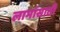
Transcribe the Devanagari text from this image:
लाभांसाठी